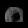
Digit: ၀